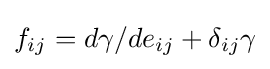
f_{ij}=d\gamma /de_{ij}+\delta _{ij}\gamma